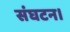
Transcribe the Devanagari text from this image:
संघटन।